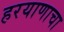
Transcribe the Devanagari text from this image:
हरयाणाचा